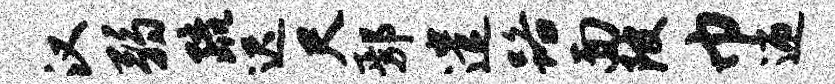
汉弱疏迟尺鄢遣路面陂巾迎